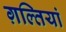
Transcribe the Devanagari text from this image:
ग़ल्तियां